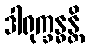
ဒါရုက္ခန္ဓန္တိ